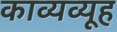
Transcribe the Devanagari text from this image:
काव्यव्यूह